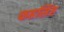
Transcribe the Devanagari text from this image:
फहसिंह